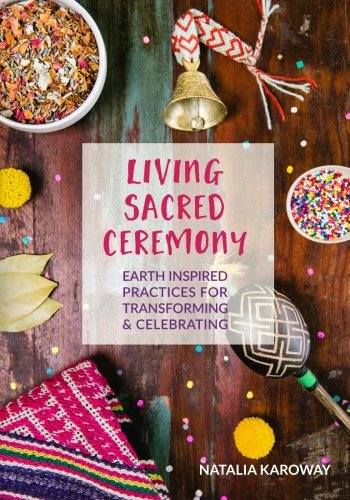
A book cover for Living Sacred Ceremony: Earth Inspired Practices For Transforming & Celebrating; Natalia Karoway; Religion & Spirituality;